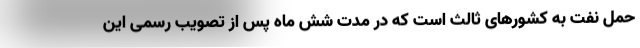
حمل نفت به کشورهای ثالث است که در مدت شش ماه پس از تصویب رسمی این